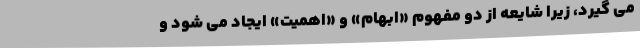
می گیرد، زیرا شایعه از دو مفهوم «ابهام» و «اهمیت» ایجاد می شود و